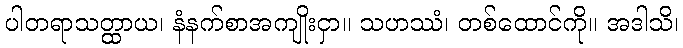
ပါတရာသတ္ထာယ၊ နံနက်စာအကျိုးငှာ။ သဟဿံ၊ တစ်ထောင်ကို။ အဒါသိ၊